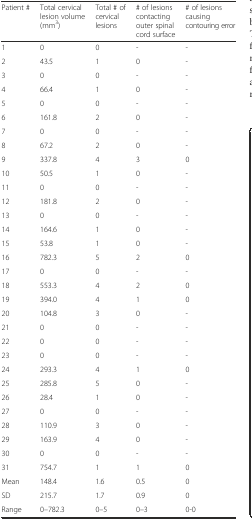
<table><thead><tr><td><b>Patient #</b></td><td><b>Total cervical lesion volume (mm<sup>3</sup>)</b></td><td><b>Total # of cervical lesions</b></td><td><b># of lesions contacting outer spinal cord surface</b></td><td><b># of lesions causing contouring error</b></td></tr></thead><tbody><tr><td>1</td><td>0</td><td>0</td><td>-</td><td>-</td></tr><tr><td>2</td><td>43.5</td><td>1</td><td>0</td><td>-</td></tr><tr><td>3</td><td>0</td><td>0</td><td>-</td><td>-</td></tr><tr><td>4</td><td>66.4</td><td>1</td><td>0</td><td>-</td></tr><tr><td>5</td><td>0</td><td>0</td><td>-</td><td>-</td></tr><tr><td>6</td><td>161.8</td><td>2</td><td>0</td><td>-</td></tr><tr><td>7</td><td>0</td><td>0</td><td>-</td><td>-</td></tr><tr><td>8</td><td>67.2</td><td>2</td><td>0</td><td>-</td></tr><tr><td>9</td><td>337.8</td><td>4</td><td>3</td><td>0</td></tr><tr><td>10</td><td>50.5</td><td>1</td><td>0</td><td>-</td></tr><tr><td>11</td><td>0</td><td>0</td><td>-</td><td>-</td></tr><tr><td>12</td><td>181.8</td><td>2</td><td>0</td><td>-</td></tr><tr><td>13</td><td>0</td><td>0</td><td>-</td><td>-</td></tr><tr><td>14</td><td>164.6</td><td>1</td><td>0</td><td>-</td></tr><tr><td>15</td><td>53.8</td><td>1</td><td>0</td><td>-</td></tr><tr><td>16</td><td>782.3</td><td>5</td><td>2</td><td>0</td></tr><tr><td>17</td><td>0</td><td>0</td><td>-</td><td>-</td></tr><tr><td>18</td><td>553.3</td><td>4</td><td>2</td><td>0</td></tr><tr><td>19</td><td>394.0</td><td>4</td><td>1</td><td>0</td></tr><tr><td>20</td><td>104.8</td><td>3</td><td>0</td><td>-</td></tr><tr><td>21</td><td>0</td><td>0</td><td>-</td><td>-</td></tr><tr><td>22</td><td>0</td><td>0</td><td>-</td><td>-</td></tr><tr><td>23</td><td>0</td><td>0</td><td>-</td><td>-</td></tr><tr><td>24</td><td>293.3</td><td>4</td><td>1</td><td>0</td></tr><tr><td>25</td><td>285.8</td><td>5</td><td>0</td><td>-</td></tr><tr><td>26</td><td>28.4</td><td>1</td><td>0</td><td>-</td></tr><tr><td>27</td><td>0</td><td>0</td><td>-</td><td>-</td></tr><tr><td>28</td><td>110.9</td><td>3</td><td>0</td><td>-</td></tr><tr><td>29</td><td>163.9</td><td>4</td><td>0</td><td>-</td></tr><tr><td>30</td><td>0</td><td>0</td><td>-</td><td>-</td></tr><tr><td>31</td><td>754.7</td><td>1</td><td>1</td><td>0</td></tr><tr><td>Mean</td><td>148.4</td><td>1.6</td><td>0.5</td><td>0</td></tr><tr><td>SD</td><td>215.7</td><td>1.7</td><td>0.9</td><td>0</td></tr><tr><td>Range</td><td>0–782.3</td><td>0–5</td><td>0–3</td><td>0-0</td></tr></tbody></table>